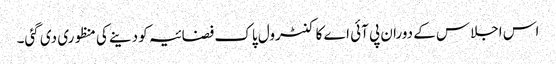
اس اجلاس کے دوران پی آئی اے کا کنٹرول پاک فضائیہ کو دینے کی منظوری دی گئی۔